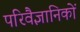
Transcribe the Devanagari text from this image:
परिवैज्ञानिकों